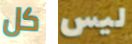
كل ليس